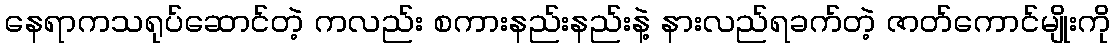
နေရာကသရုပ်ဆောင်တဲ့ ကလည်း စကားနည်းနည်းနဲ့ နားလည်ရခက်တဲ့ ဇာတ်ကောင်မျိုးကို